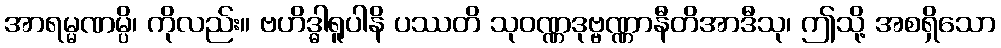
အာရမ္မဏမ္ပိ၊ ကိုလည်း။ ဗဟိဒ္ဓါရူပါနိ ပဿတိ သုဝဏ္ဏဒုဗ္ဗဏ္ဏာနီတိအာဒီသု၊ ဤသို့ အစရှိသော